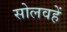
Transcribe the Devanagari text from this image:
सोलवहें